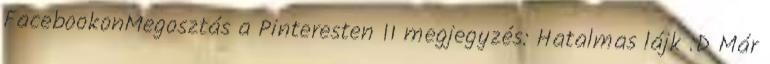
FacebookonMegosztás a Pinteresten 11 megjegyzés: Hatalmas lájk :D Már